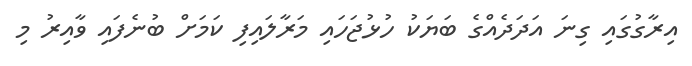
އިރާގުގައި ގިނަ އަދަދެއްގެ ބަޔަކު ހުޅުޖަހައި މަރާލައިފި ކަމަށް ބުނެފައި ވާއިރު މި